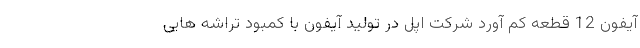
آیفون 12 قطعه کم آورد شرکت اپل در تولید آیفون با کمبود تراشه هایی